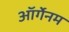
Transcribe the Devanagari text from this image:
ऑर्गेनम